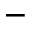
^ { - }